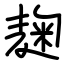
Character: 麹